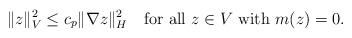
LaTeX: \begin{align*} \|z\|^2_V \leq c_p \| \nabla z \|^2_H \ \ \ \textrm{for all $z \in V$ with $m(z)=0$}.\end{align*}